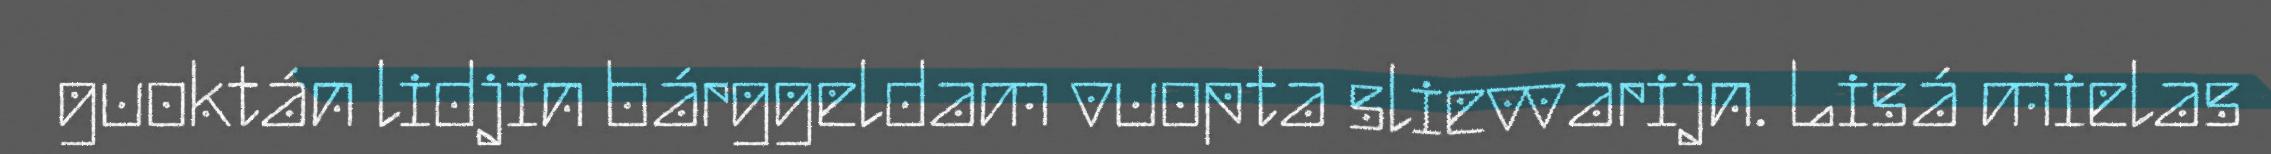
guoktán lidjin bárggeldam vuopta slievvarijn. Lisá mielas